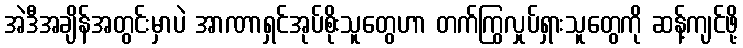
အဲဒီအချိန်အတွင်းမှာပဲ အာဏာရှင်အုပ်စိုးသူတွေဟာ တက်ကြွလှုပ်ရှားသူတွေကို ဆန့်ကျင်ဖို့